Leaving Certificate Examination, 1908
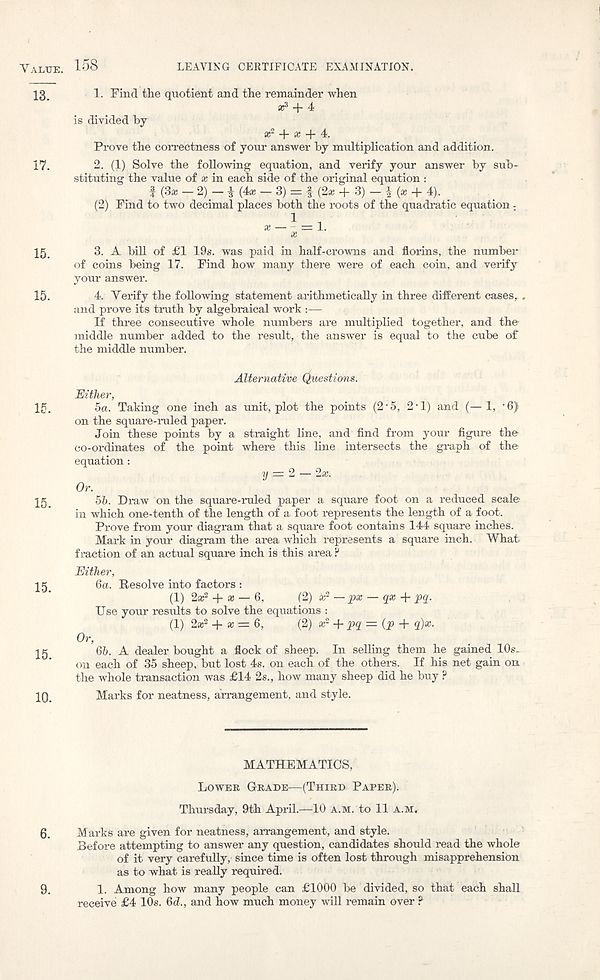
Value. 158
LEAVING CERTIFICATE EXAMINATION.
17.
1. Find the quotient and the remainder when
a 3 + 4
is divided by
a 2 + a + 4.
Prove the correctness of your answer by multiplication and addition.
2. (1) Solve the following equation, and verify your answer by sub-
stituting the value of a in each side of the original equation :
f (3a _ 2) — i (4a _ 3) = f (2a + 3) - i (a + 4).
(2) Find to two decimal places both the roots of the quadratic equation ;
15
3. A bill of £1 19s. was paid in half-crowns and florins, the number
of coins being 17. Find how many there were of each coin, and verify
your answer.
15.
4. Verify the following statement arithmetically in three different cases, .
and prove its truth by algebraical work :—
If three consecutive whole numbers are multiplied together, and the-
middle number added to the result, the answer is equal to the cube of
the middle number.
Alternative Questions.
Either,
15.
5a. Taking one inch as unit, plot the points (2'5, 2'1) and (—1, ’6)
on the square-ruled paper.
Join these points by a straight line, and find from your figure the
co-ordinates of the point where this line intersects the graph of the
equation:
y = 2 — 2x.
Or.
15
56. Draw on the square-ruled paper a square foot on a reduced scale
in which one-tenth of the length of a foot represents the length of a foot.
Prove from your diagram that a square foot contains 144 square inches.
Mark in your diagram the area which represents a square inch. What
fraction of an actual square inch is this area ?
Either,
15
6a. Resolve into factors :
(1) 2s? + x —
(2) i n? — px — yx + pq.
Use your results to solve the equations :
(1) 2* 2 + a; = 6, (2) x 2 + pq = (p + q)x.
Or,
15
66. A dealer bought a flock of sheep. In selling them he gained 10s.
on each of 35 sheep, but lost 4s. on each of the others. If his net gain on
the whole transaction was £14 2s., how many sheep did he buy ?
10.
Marks for neatness, arrangement, and style.
MATHEMATICS,
Lower Grade—(Third Paper).
Thursday, 9th April.—10 a.m. to 11 a.m,
6. Marks are given for neatness, arrangement, and style.
Before attempting to answer any question, candidates should read the whole
of it very carefully, since time is often lost through misapprehension
as to what is really required.
9.
1. Among how many people can £1000 be divided, so that each shall
receive £4 10s. 6d., and how much money will remain over ?